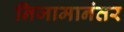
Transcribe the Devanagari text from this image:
निजामानंतर